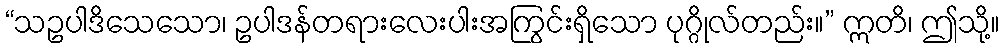
“သဥပါဒိသေသော၊ ဥပါဒန်တရားလေးပါးအကြွင်းရှိသော ပုဂ္ဂိုလ်တည်း။” ဣတိ၊ ဤသို့။